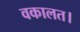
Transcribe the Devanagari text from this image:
वकालत।